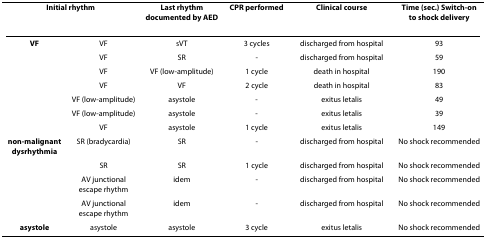
| <COLSPAN=2> Initial rhythm | Last rhythm documented by AED | CPR performed | Clinical course | Time (sec.) Switch-on to shock delivery |
 | --- | --- | --- | --- | --- | --- |
 | VF | VF | sVT | 3 cycles | discharged from hospital | 93 |
 |  | VF | SR | - | discharged from hospital | 59 |
 |  | VF | VF (low-amplitude) | 1 cycle | death in hospital | 190 |
 |  | VF | VF | 2 cycle | death in hospital | 83 |
 |  | VF (low-amplitude) | asystole | - | exitus letalis | 49 |
 |  | VF (low-amplitude) | asystole | - | exitus letalis | 39 |
 |  | VF | asystole | 1 cycle | exitus letalis | 149 |
 | non-malignant dysrhythmia | SR (bradycardia) | SR | - | discharged from hospital | No shock recommended |
 |  | SR | SR | 1 cycle | discharged from hospital | No shock recommended |
 |  | AV junctional escape rhythm | idem | - | discharged from hospital | No shock recommended |
 |  | AV junctional escape rhythm | idem | - | discharged from hospital | No shock recommended |
 | asystole | asystole | asystole | 3 cycle | exitus letalis | No shock recommended |